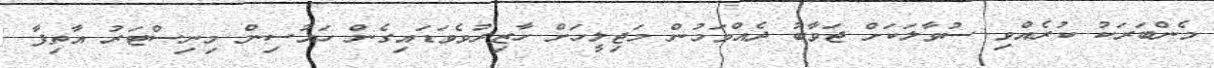
މެންބަރަކު ކުރެއްވި ސުވާާލަކަށް ޖަވާބު ދެއްވަމުން މަޖިލީހަށް ހާޒިރުވެވަޑައިގެން ހައުސިން މިނިސްޓަރު އާތިފާ